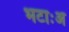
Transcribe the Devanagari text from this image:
भटाःअ